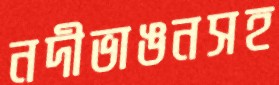
নদীভাঙনসহ